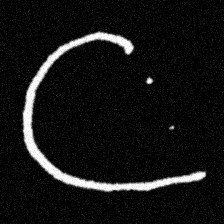
Pyu character \u2014 Myanmar letter: ဋ (romanized: tta)